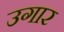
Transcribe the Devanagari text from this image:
उगार